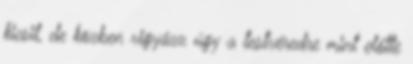
kicsit, de közben vigyázz úgy a testvéredre mint előtte